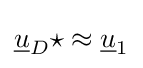
{\underline {u}}_{D}\star \approx {\underline {u}}_{1}